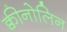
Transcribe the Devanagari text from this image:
क्वीनोलिन